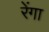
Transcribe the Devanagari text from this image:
रेंगा